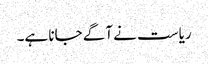
ریاست نے آگے جانا ہے۔